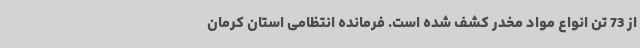
از 73 تن انواع مواد مخدر کشف شده است. فرمانده انتظامی استان کرمان